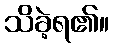
သိခဲ့ရ၏။